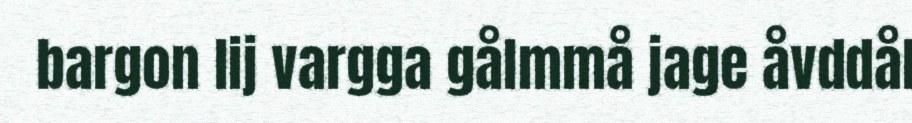
bargon lij vargga gålmmå jage åvddål